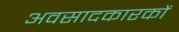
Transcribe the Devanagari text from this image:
अवसादकारकों